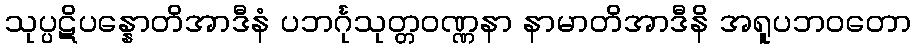
သုပ္ပဋိပန္နောတိအာဒီနံ ပဘင်္ဂုသုတ္တဝဏ္ဏနာ နာမာတိအာဒီနိ အရူပဘဝတော